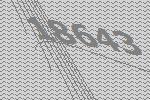
18643